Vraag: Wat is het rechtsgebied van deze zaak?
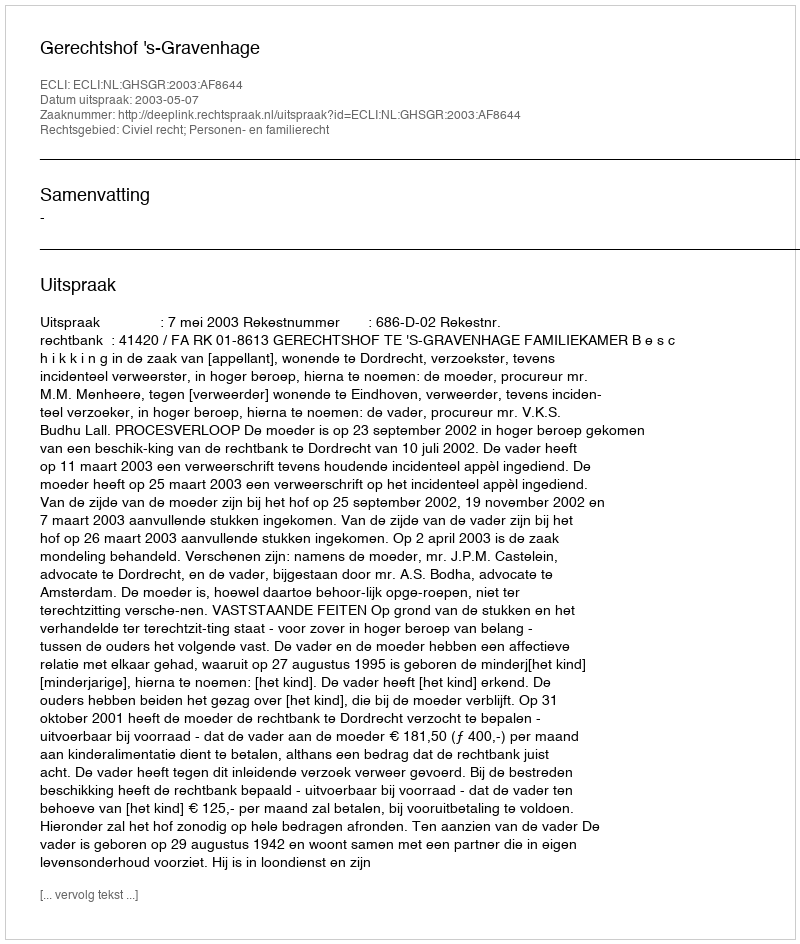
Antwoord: Civiel recht; Personen- en familierecht